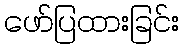
ဖော်ပြထားခြင်း